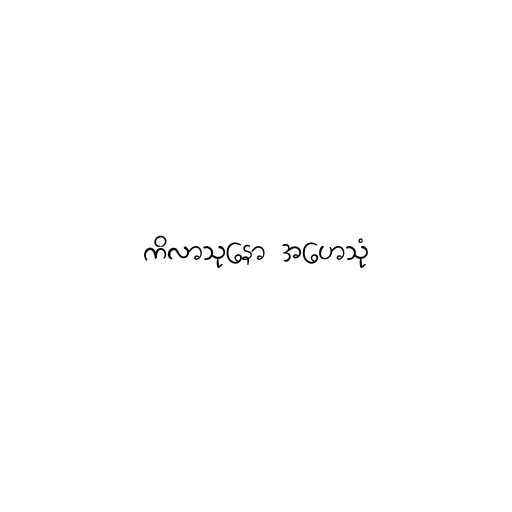
ကိလာသုနော အဟေသုံ